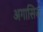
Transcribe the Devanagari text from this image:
अगासिज़